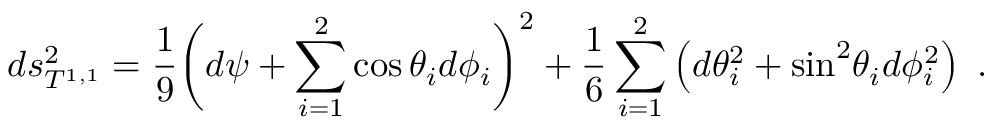
d s _ { T ^ { 1 , 1 } } ^ { 2 } = { \frac { 1 } { 9 } } \bigg ( d \psi + \sum _ { i = 1 } ^ { 2 } \cos \theta _ { i } d \phi _ { i } \bigg ) ^ { 2 } + { \frac { 1 } { 6 } } \sum _ { i = 1 } ^ { 2 } \left( d \theta _ { i } ^ { 2 } + \mathrm { s i n } ^ { 2 } \theta _ { i } d \phi _ { i } ^ { 2 } \right) \ .